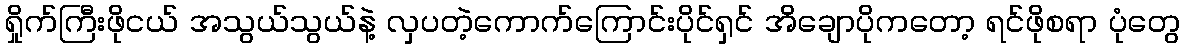
ရှိုက်ကြီးဖိုငယ် အသွယ်သွယ်နဲ့ လှပတဲ့ကောက်ကြောင်းပိုင်ရှင် အိချောပိုကတော့ ရင်ဖိုစရာ ပုံတွေ